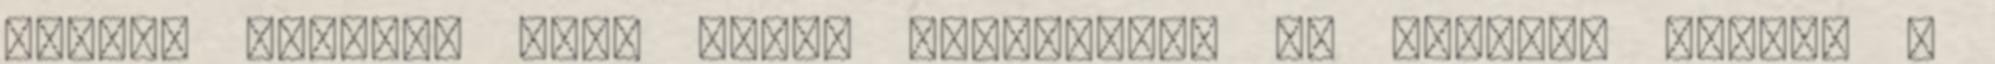
Miller találta meg, ahogy kimerülten és remegve feküdt a